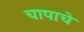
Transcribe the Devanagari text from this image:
चापाचे